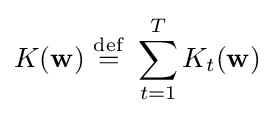
K(\mathbf {w} )\ {\stackrel {\mathrm {def} }{=}}\ \sum _{t=1}^{T}K_{t}(\mathbf {w} )